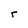
Character: r